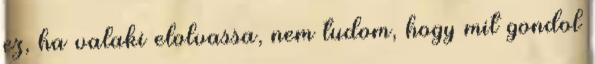
ez, ha valaki elolvassa, nem tudom, hogy mit gondol